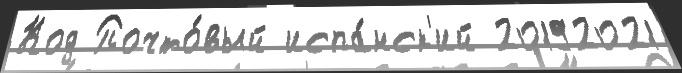
Код Почто́вый испа́нск'ий 20192021